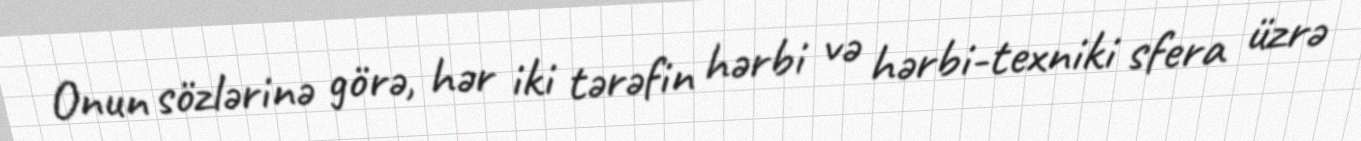
Onun sözlərinə görə, hər iki tərəfin hərbi və hərbi-texniki sfera üzrə